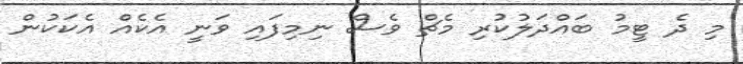
މި ދެ ޓީމު ބައްދަލުކުރި މެޗް ވެސް ނިމިފައި ވަނީ އެކެއް އެކަކުން